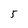
Character: 5